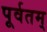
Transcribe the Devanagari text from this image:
पूर्वतम्